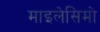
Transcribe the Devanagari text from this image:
माइलेसिमो